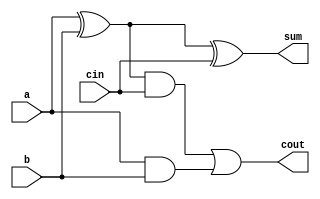
//funciona correctamente
module fa(output wire cout, sum, input wire a,b,cin);
wire s_xor, s_and1, s_and2;
xor(s_xor,a,b);
xor(sum,s_xor, cin);
and(s_and1,s_xor,cin);
and(s_and2,a,b);
or(cout,s_and1,s_and2);
endmodule